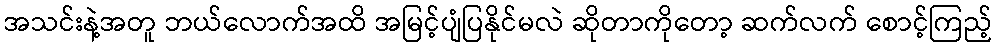
အသင်းနဲ့အတူ ဘယ်လောက်အထိ အမြင့်ပျံပြနိုင်မလဲ ဆိုတာကိုတော့ ဆက်လက် စောင့်ကြည့်